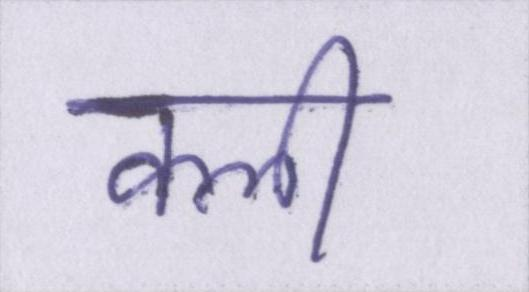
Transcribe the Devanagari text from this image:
क्ली